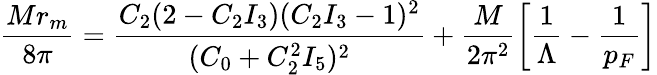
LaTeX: \frac{Mr_{m}}{8\pi}=\frac{C_{2}(2-C_{2}I_{3})(C_{2}I_{3}-1)^{2}}{(C_{0}+C_{2}^{2}I_{5})^{2}}+\frac{M}{2\pi^{2}}\left[\frac{1}{\Lambda}-\frac{1}{p_{F}}\right]